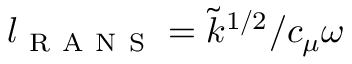
l _ { \mathrm { ~ R ~ A ~ N ~ S ~ } } = { \Tilde { k } } ^ { 1 / 2 } / c _ { \mu } \omega